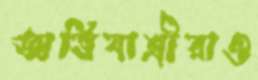
অভিযাত্রীরাও